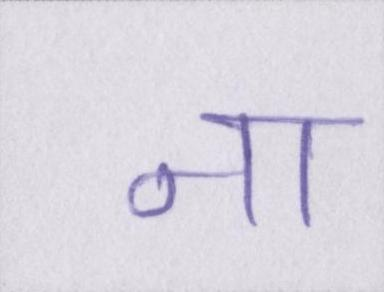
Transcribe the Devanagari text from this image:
ना